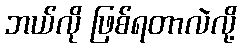
ဘယ်လို ဖြစ်ရတာလဲလို့